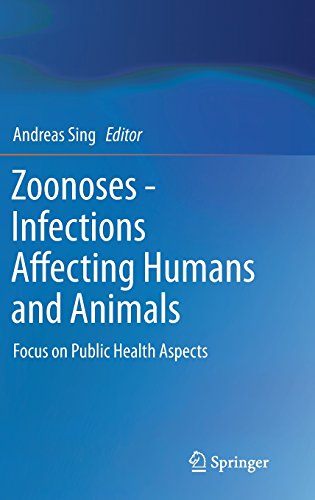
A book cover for Zoonoses - Infections Affecting Humans and Animals: Focus on Public Health Aspects; Medical Books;